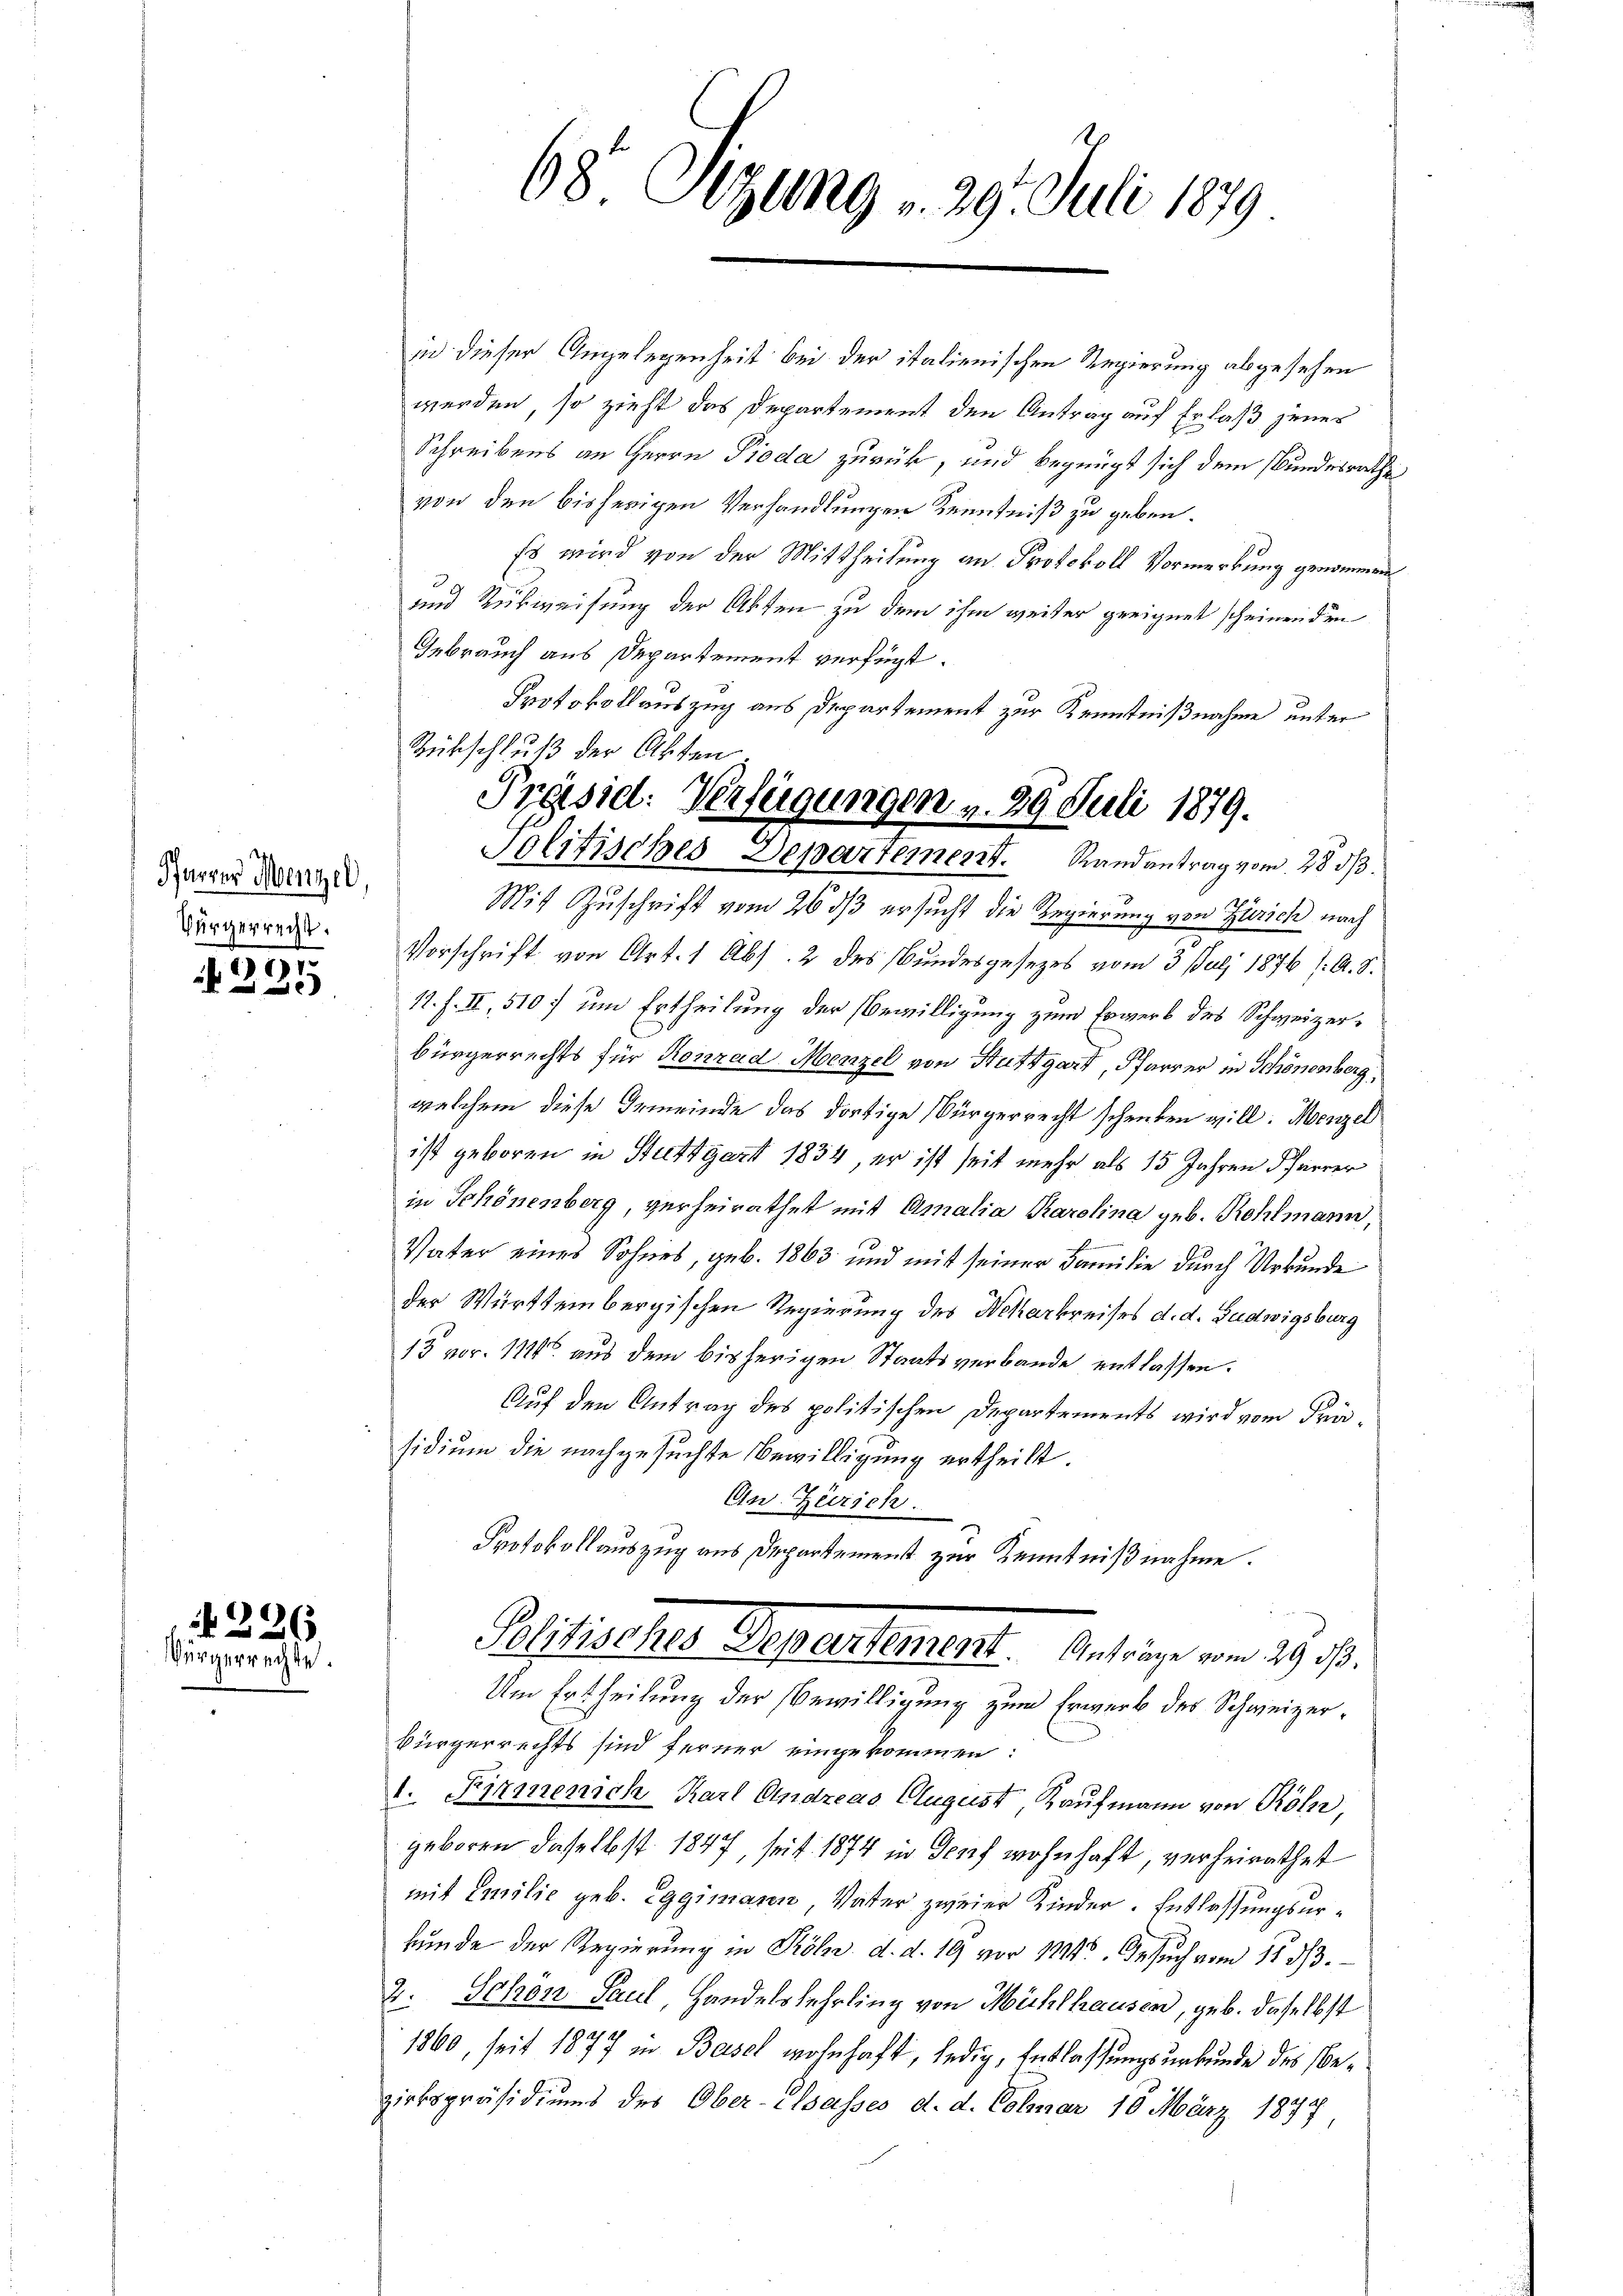
Pfarrer Mengel,
Bürgerrecht.

17
2f 0 x

N 226
Bürgerrechte.

in dieser Angelegenheit bei der italienischen Regierung abgesehen
werden, so zieht das Departement den Antrag auf Erlaß jenes
Schreibens an Herrn Pieda zurück, und begnügt sich dem Bundesrathe
von den bisherigen Verhandlungen Kenntniß zu geben.
Es wird von der Mittheilung an Protokoll Vormerkung genommen
und Rückweisung der Akten zu dem ihm weiter geeignet scheinenden
Gebrauch aus Departement verfügt:
Protokollauszug aus Departement zur Kenntnißnahme unter
Mit Zuschrift vom 26 dß ersucht die Regierung von Zürich nach
Vorschrift von Art. 1 Abs. 2 des Bundesgesezes vom 3. Juli 1876 /: A. S.
11. f. II, 510; um Ertheilung der Bewilligung zum Erwerb des Schweizerbürgerrechts für Konrad Menzel von Stuttgart, Pfarrer in Schönenberg,
welchem diese Gemeinde das dortige Bürgerrecht schenken will. Menzel
ist geboren in Stuttgart 1834, er ist seit mehr als 15 Jahren Pfarrer
in Schönenberg, verheirathet mit Amalia Karolina geb. Rohlmann,

Vater eines Sohnes, geb. 1863 und mit seiner Familie durch Urkunde
der Württembergischen Regierung des Nekarkreises d. d. Ludwigsburg
13 vor. 1124 aus dem bisherigen Staatsverbande entlassen.
Auf den Antrag des politischen Departements wird vom Präsidium die nachgesuchte Bewilligung ertheilt.
Cw. Zürich.
Protokollauszug aus Departement zur Kenntnißnahme.

68 Sitzung v. 29. Juli 1879

Rückschluß der Akten
Präsid: Verfügungen v. 29. Juli 1879.
Politisches Departement. Randantrag vom 28 d.

Politisches Departement. Antrage von 20. ß.
Um Ertheilung der Bewilligung zum Erwerb des Schweizer¬

Bürgerrechts sind ferner eingekommen:
1. Firmenich Karl Andreas Clugust, Kaufmann von Röhr,
geboren daselbst 1847, seit 1874 in Genf wohnhaft, verheirathet
mit Emilie geb. Eggimann Vater zweier Kinder. Entlassungsurkunde der Regierung in Pöle d. d. 19 vor 1114. Gesuch vom 11. 313.
2. Schon Paul, Handelslehrling von Mühlhausen, geb. daselbst
1860, seit 1877 in Basel wohnhaft, ledig, Entlassungsurkunde des bezirkspräsidiums des Ober-Elsasses d. d. Colmar 18 März 1877